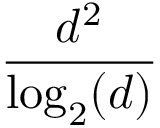
\frac { d ^ { 2 } } { \log _ { 2 } ( d ) }